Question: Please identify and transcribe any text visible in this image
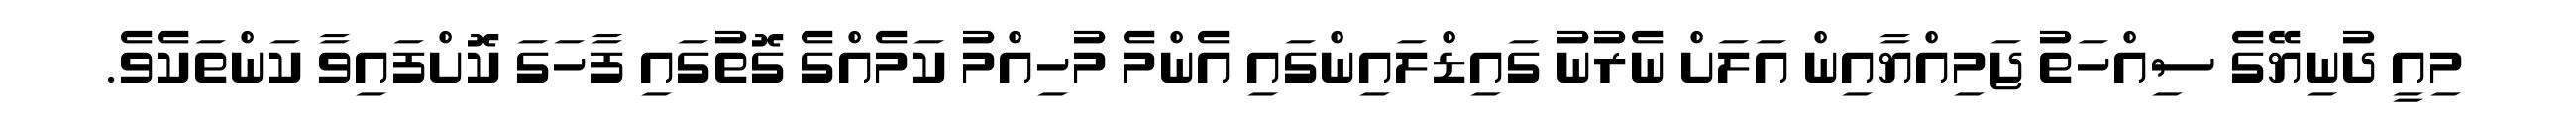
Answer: މިއީ ދުނިޔޭގެ ސިއްހަތު ޖަމިއްޔާއިން އަލަށް ނެރުނު ގައިޑްލައިންގައި އެންމެ މުހިއްމު ކަމެއްގެ ގޮތުގައި ފާހަގަ ކޮށްފައިވާ ކަންތަކެވެ.